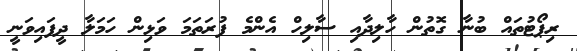
ރިޕޯޓުތައް ބުނާ ގޮތުން ހާލިދާއި ސާލިހް އެެންމެ ފުރަތަމަ ވަޅިން ހަމަލާ ދީފައިވަނީ